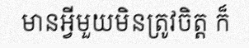
មានអ្វីមួយមិនត្រូវចិត្ត ក៏